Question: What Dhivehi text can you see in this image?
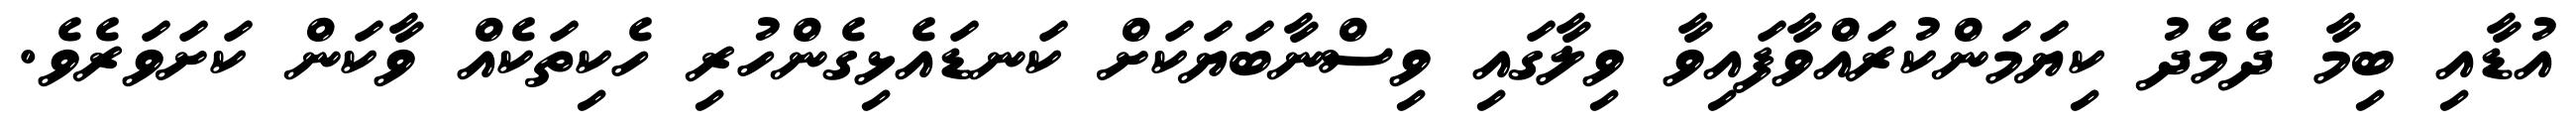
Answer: އުޑާއި ބިމާ ދެމެދު ކިޔަމަންކުރައްވާފައިވާ ވިލާގައި ވިސްނާބަޔަކަށް ކަނޑައެޅިގެންހުރި ހެކިތަކެއް ވާކަން ކަށަވަރެވެ.